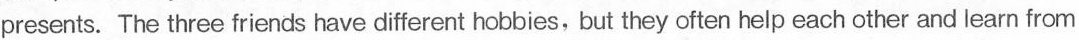
presents. The three friends have different hobbies,but they often help each other and learn from